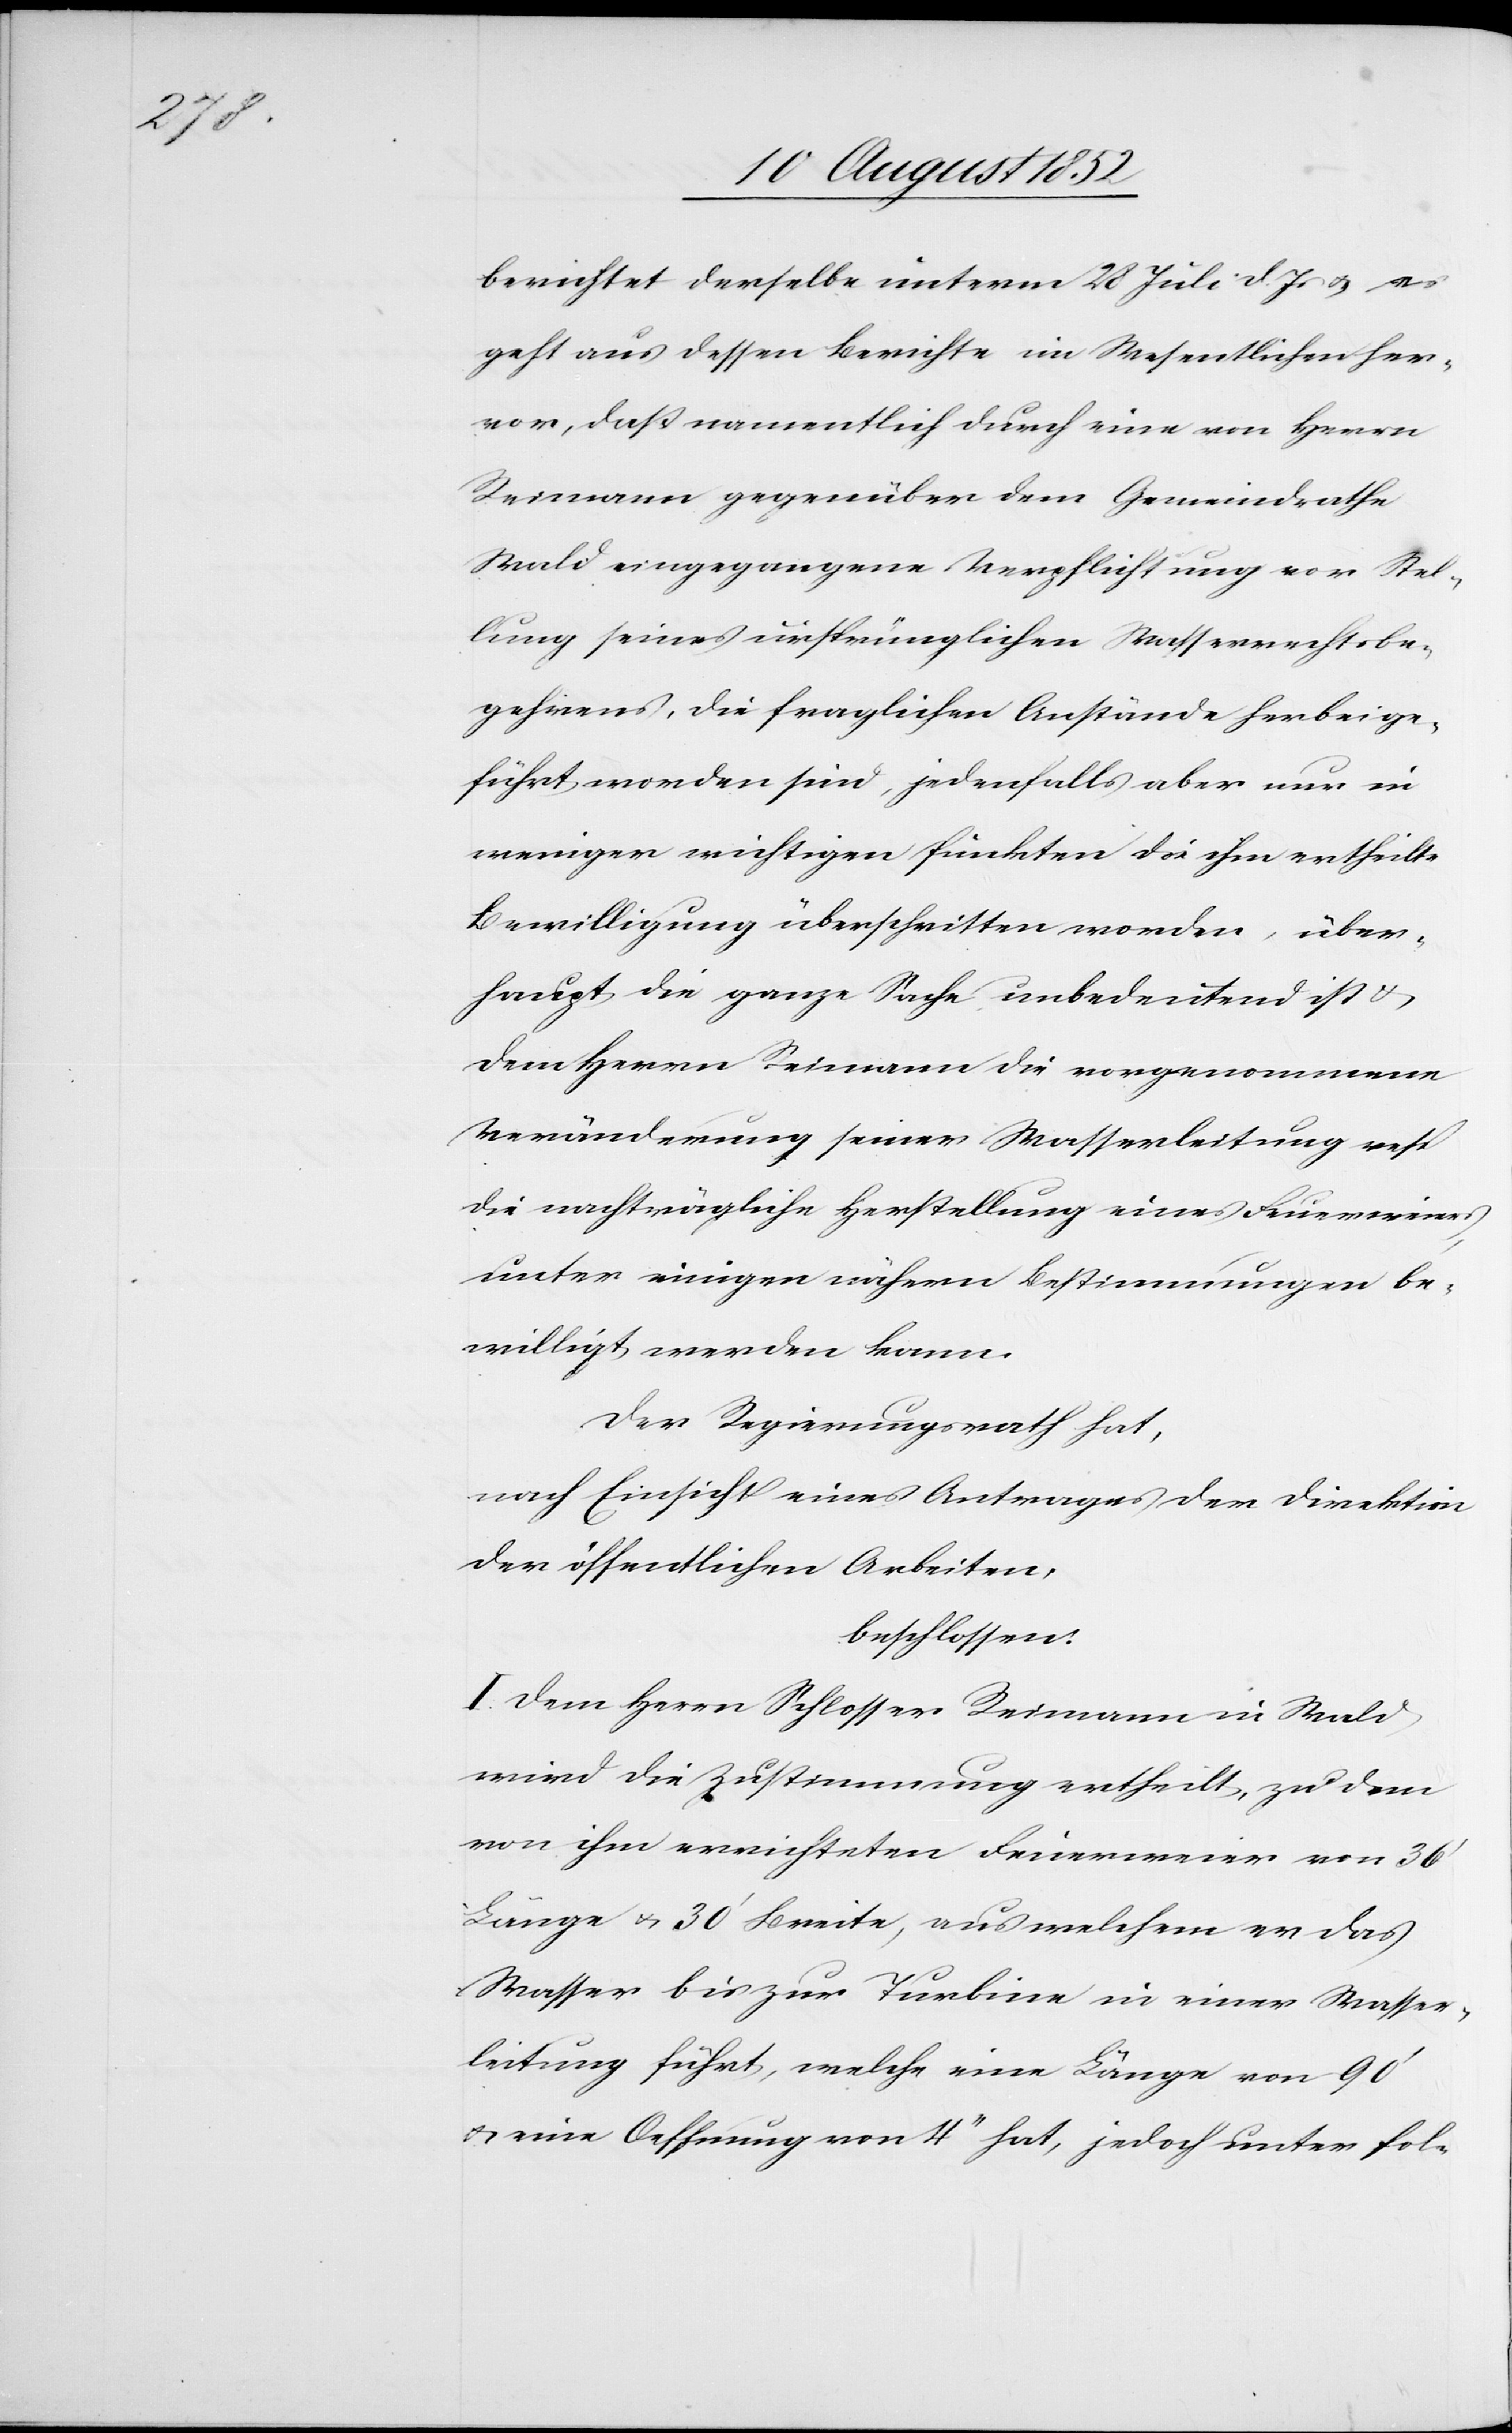
berichtet derselbe unterm 28 Juli d. Js & es
geht aus dessen Berichte im Wesentlichen her¬
vor, daß namentlich durch eine von Herrn
Reimann gegenüber dem Gemeindrathe
Wald eingegangene Verpflichtung vor Stel¬
lung seines ursprünglichen Wasserrechtsbe¬
gehrens, die fraglichen Anstände herbeige¬
führt worden sind, jedenfalls aber nur in
weniger wichtigen Punkten die ihm ertheilte
Bewilligung überschritten worden, über¬
haupt die ganze Sache unbedeutend ist &
dem Herrn Reimann die vorgenommene
Veränderung seiner Wasserleitung resp
die nachträgliche Herstellung eines Feuerweiers
unter einigen nähern Bestimmungen be¬
willigt werden kann.
Der Regierungsrath hat,
nach Einsicht eines Antrages der Direktion
der öffentlichen Arbeiten,
beschlossen:
I. Dem Herrn Schlosser Reimann in Wald
wird die Zustimmung ertheilt, zu dem
von ihm errichteten Feuerweier von 36‘
Länge & 30‘ Breite, aus welchem er das
Wasser bis zur Turbine in einer Wasser¬
leitung führt, welche eine Länge von 90‘
& eine Oeffnung von 4‘‘ hat, jedoch unter fol-